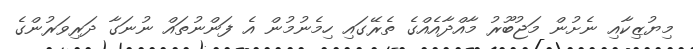
މިޔުޒިކާއި ނެށުން މަޖުބޫރު މާއްދާއެއްގެ ތެރޭގައި ހިމެނުމުން އެ ފަންނުތައް ނުނަގާ ދަރިވަރުންގެ